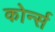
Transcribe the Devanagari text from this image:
कोर्न्स